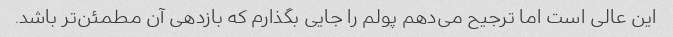
این عالی است اما ترجیح می‌دهم پولم را جایی بگذارم که بازدهی آن مطمئن‌تر باشد.